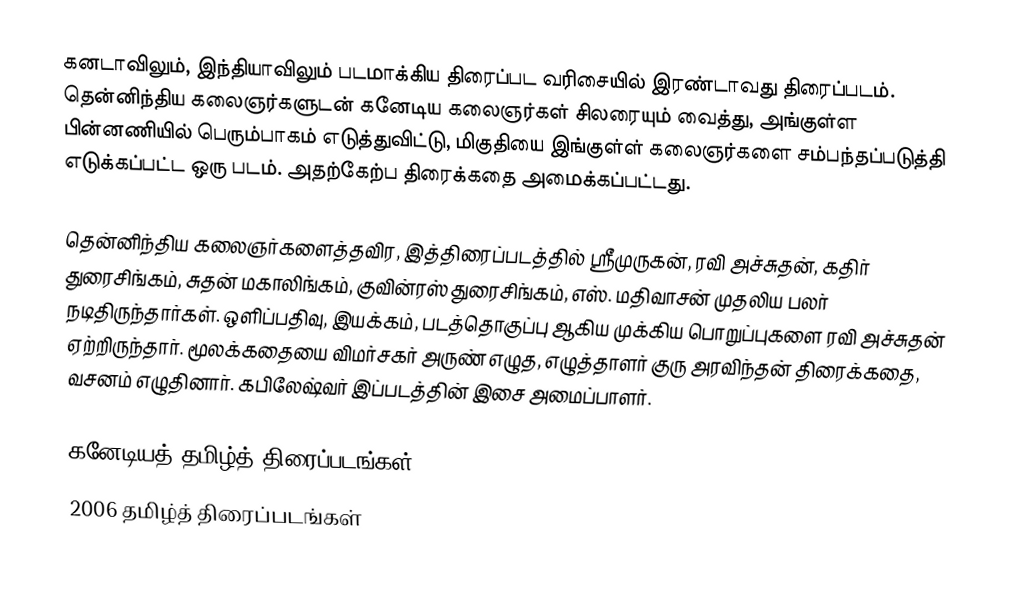
கனடாவிலும், இந்தியாவிலும் படமாக்கிய திரைப்பட வரிசையில் இரண்டாவது திரைப்படம்.  தென்னிந்திய கலைஞர்களுடன் கனேடிய கலைஞர்கள் சிலரையும் வைத்து, அங்குள்ள பின்னணியில் பெரும்பாகம் எடுத்துவிட்டு, மிகுதியை இங்குள்ள் கலைஞர்களை சம்பந்தப்படுத்தி  எடுக்கப்பட்ட ஒரு படம். அதற்கேற்ப திரைக்கதை அமைக்கப்பட்டது.

தென்னிந்திய கலைஞர்களைத்தவிர, இத்திரைப்படத்தில் ஸ்ரீமுருகன், ரவி அச்சுதன், கதிர் துரைசிங்கம், சுதன் மகாலிங்கம், குவின்ரஸ் துரைசிங்கம், எஸ். மதிவாசன் முதலிய பலர் நடிதிருந்தார்கள். ஒளிப்பதிவு, இயக்கம், படத்தொகுப்பு ஆகிய முக்கிய பொறுப்புகளை ரவி அச்சுதன் ஏற்றிருந்தார். மூலக்கதையை விமர்சகர் அருண் எழுத, எழுத்தாளர் குரு அரவிந்தன் திரைக்கதை, வசனம் எழுதினார். கபிலேஷ்வர் இப்படத்தின் இசை அமைப்பாளர்.

கனேடியத் தமிழ்த் திரைப்படங்கள்
2006 தமிழ்த் திரைப்படங்கள்